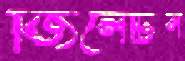
জিলেটিন